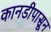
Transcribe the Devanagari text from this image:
कानडीपासून